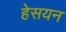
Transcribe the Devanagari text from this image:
हेसयन